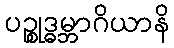
ပဉ္စုဒ္ဓမ္ဘာဂိယာနိ